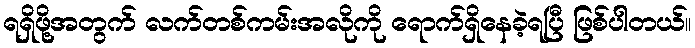
ရရှိဖို့အတွက် လက်တစ်ကမ်းအလိုကို ရောက်ရှိနေခဲ့ရပြီ ဖြစ်ပါတယ်။